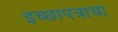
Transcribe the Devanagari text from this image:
इच्छापत्राचा